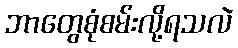
ဘာတွေစုံစမ်းလို့ရသလဲ